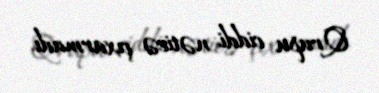
Qrupu ciddi nəticə çıxarmadı.